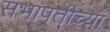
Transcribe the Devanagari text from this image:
सभापतीच्या